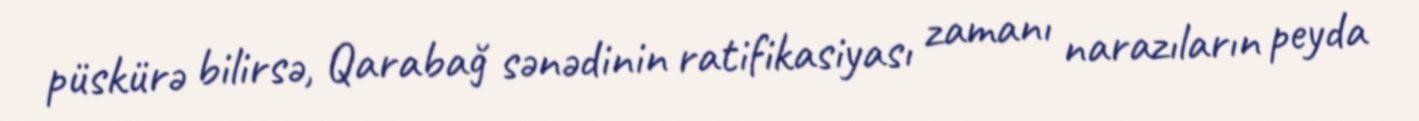
püskürə bilirsə, Qarabağ sənədinin ratifikasiyası zamanı narazıların peyda